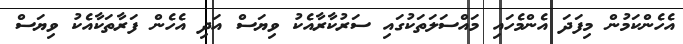
އެހެންކަމުން މިފަދަ އެންމެހައި މައްސަލަތަކުގައި ސަރުކާރާއެކު ވިޔަސް އަދި އެހެން ފަރާތަކާއެކު ވިޔަސް